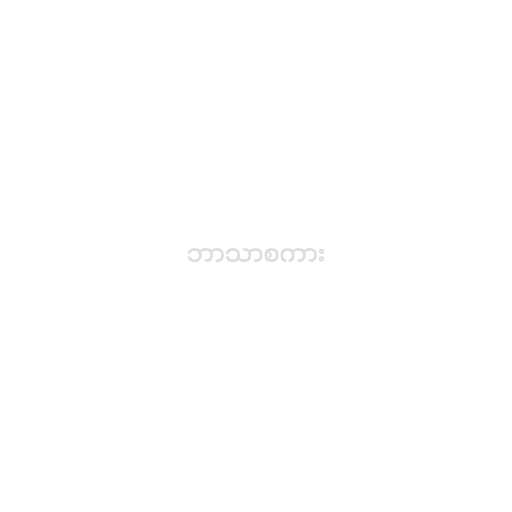
ဘာသာစကား